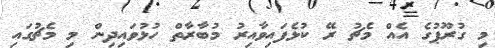
މި ގުރޫޕުގެ އެއް މެޗު ރޭ ކުޅެފައިވާއިރު މުބާރާތް ހުޅުވައިދިން މި މެޗުގައި